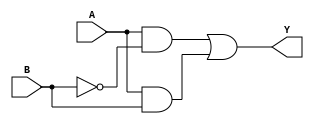
module xor_gate(
    input A,
    input B,
    output Y
);

wire NOT_B;
wire AND_AB;
wire AND_A_NOTB;
wire OR_Y;

assign NOT_B = ~B;
assign AND_AB = A & B;
assign AND_A_NOTB = A & NOT_B;
assign OR_Y = AND_A_NOTB | AND_AB;
assign Y = OR_Y;

endmodule